Civil Veterinary Dept. Bombay admin report 1900-1906 - 1900-1906
Year: 1900
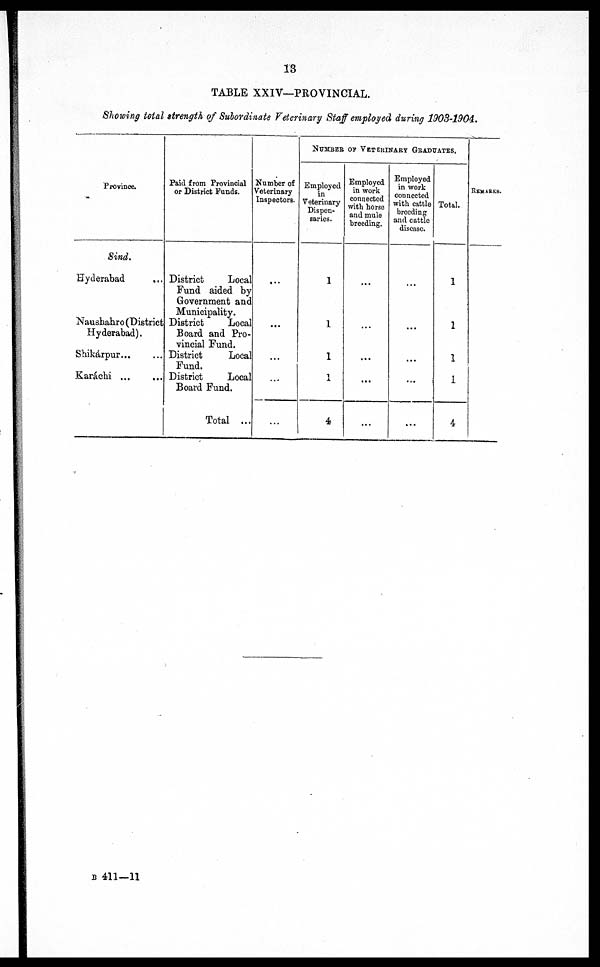
13
TABLE XXIV—PROVINCIAL.
Showing total strength of Subordinate Veterinary Staff employed during 1903-1904.
Province.
Sind.
Hyderabad
Naushahro (District
Hyderabad).
Shikárpur ... ...
Karáchi ... ...
Paid from Provincial
or District Funds.
District
Local
Fund aided by
Government and
Municipality.
District
Local
Board and Pro-
vincial Fund.
District
Local
Fund.
District
Local
Board Fund.
Total ...
Number of
Veterinary
Inspectors.
...
...
...
...
...
NUMBER OF VETERINARY GRADUATES.
Employed
in
Veterinary
Dispen-
saries.
1
1
1
...
4
Employed
in work
connected
with horse
and mule
breeding.
...
...
...
...
...
Employed
in work
connected
with cattle
breeding
and cattle
disease.
...
...
...
...
...
Total.
1
1
I
I
4
REMARKS.
B 411—11